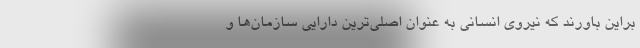
براین باورند که نیروی انسانی به عنوان اصلی‌ترین دارایی سازمان‌ها و